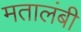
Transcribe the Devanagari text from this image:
मतालंबी